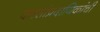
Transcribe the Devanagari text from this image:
दत्तसांप्रदायिकांची